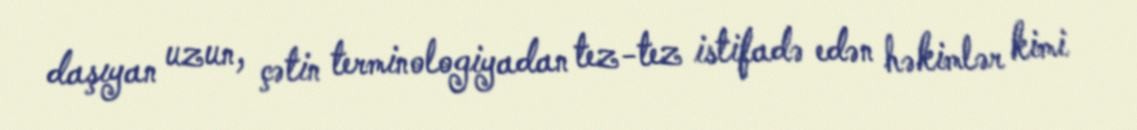
daşıyan uzun, çətin terminologiyadan tez-tez istifadə edən həkimlər kimi